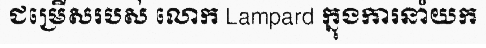
ជម្រើសរបស់ លោក Lampard ក្នុងការនាំយក